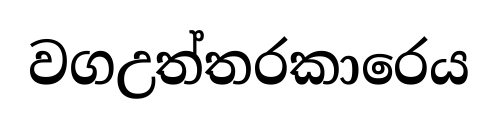
වගඋත්තරකාරෙය